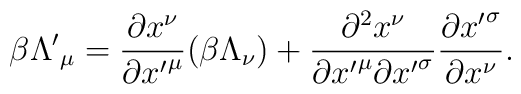
\beta{\Lambda'}_\mu = \frac{\partial x^\nu}{\partial {x'}^\mu} (\beta\Lambda_\nu) + \frac{\partial^2 x^\nu}{{\partial {x'}^\mu}{\partial{x'}^\sigma}} \frac{\partial {x'}^\sigma}{\partial x^\nu}.